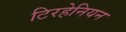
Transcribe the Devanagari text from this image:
टिरहेनियन